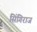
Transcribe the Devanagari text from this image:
सिंगिराज